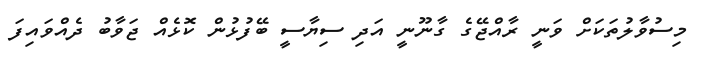
މިސުވާލުތަކަށް ވަނީ ރާއްޖޭގެ ގާނޫނީ އަދި ސިޔާސީ ބޭފުޅުން ކޮޅެއް ޖަވާބު ދެއްވައިފަ